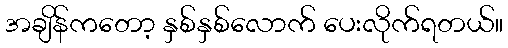
အချိန်ကတော့ နှစ်နှစ်လောက် ပေးလိုက်ရတယ်။